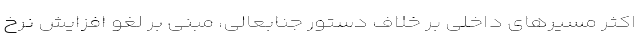
اکثر مسیرهای داخلی بر خلاف دستور جنابعالی، مبنی بر لغو افزایش نرخ